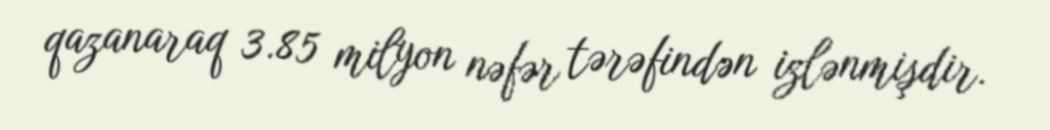
qazanaraq 3.85 milyon nəfər tərəfindən izlənmişdir.